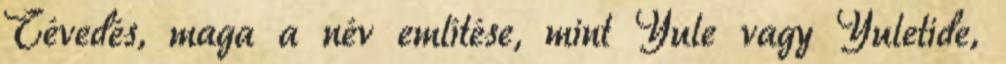
Tévedés, maga a név említése, mint Yule vagy Yuletide,